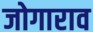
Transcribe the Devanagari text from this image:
जोगाराव